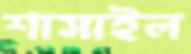
শাসাইল